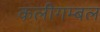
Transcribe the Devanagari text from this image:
कलीगम्बल